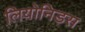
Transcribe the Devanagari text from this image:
लियोनिड़स